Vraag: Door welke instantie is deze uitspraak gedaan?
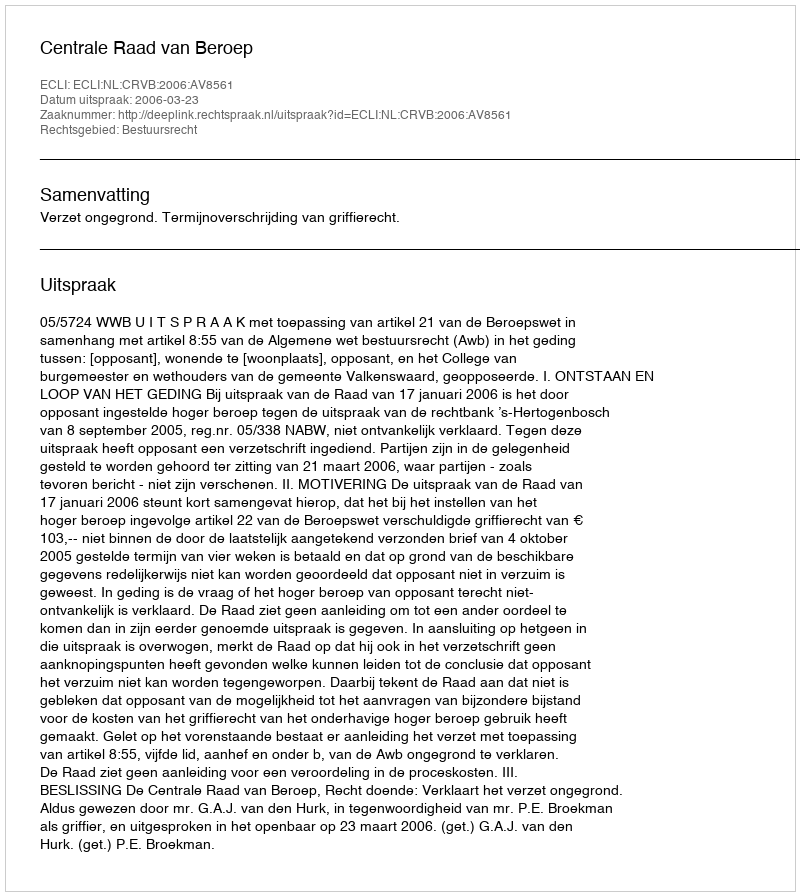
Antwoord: Centrale Raad van Beroep